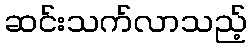
ဆင်းသက်လာသည့်